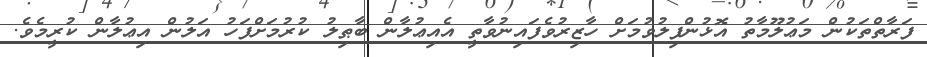
ފަރާތްތަކުން މަޢުލޫމާތު އޮޅުންފިލުވުމަށް ހާޒިރުވެފައިނުވާތީ އެއިޢުލާން ބާޠިލު ކުރުމަށްފަހު އަލުން އިޢުލާން ކުރީމެވެ.